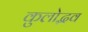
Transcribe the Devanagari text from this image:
कुलोद्भव